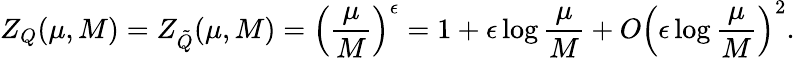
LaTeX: Z_{Q}(\mu,M)=Z_{\tilde{Q}}(\mu,M)=\left(\frac{\mu}{M}\right)^{\epsilon}=1+\epsilon\log\frac{\mu}{M}+O\left(\epsilon\log\frac{\mu}{M}\right)^{2}.